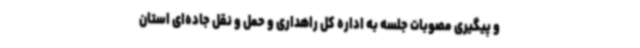
و پیگیری مصوبات جلسه به اداره کل راهداری و حمل و نقل جاده‌ای استان